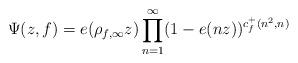
LaTeX: \begin{align*}\Psi(z,f) = e(\rho_{f,\infty}z)\prod_{n =1}^{\infty}(1-e(nz))^{c_{f}^{+}(n^{2},n)}\end{align*}